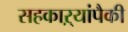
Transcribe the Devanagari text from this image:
सहकाऱ्यांपैकी